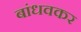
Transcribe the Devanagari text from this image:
बांधवकर